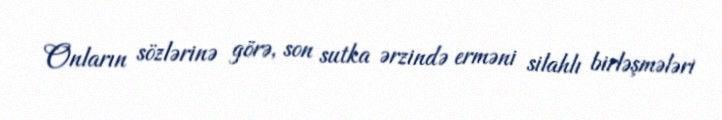
Onların sözlərinə görə, son sutka ərzində erməni silahlı birləşmələri